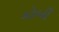
કોબી